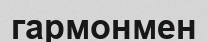
гармонмен